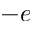
- e